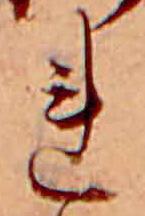
れ